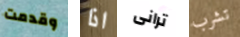
وقدمت اذا ترانى تشرب